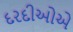
દરદીઓએ